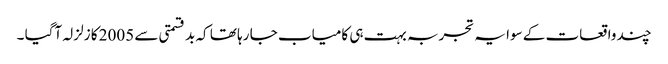
چند واقعات کے سوا یہ تجربہ بہت ہی کامیاب جا رہا تھا کہ بد قسمتی سے 2005 کا زلزلہ آگیا ۔